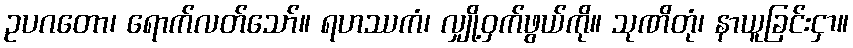
ဥပဂတော၊ ရောက်လတ်သော်။ ရဟဿကံ၊ လျှို့ဝှက်ဖွယ်ကို။ သုဏိတုံ၊ နာယူခြင်းငှာ။